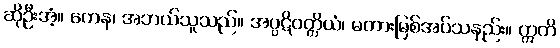
ဆိုဦးအံ့။ ကေန၊ အဘယ်သူသည်။ အပ္ပဋိဝတ္တိယံ၊ မတားမြစ်အပ်သနည်း။ ဣတိ